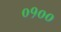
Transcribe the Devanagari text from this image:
०१००